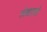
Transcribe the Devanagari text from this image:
लेखातले